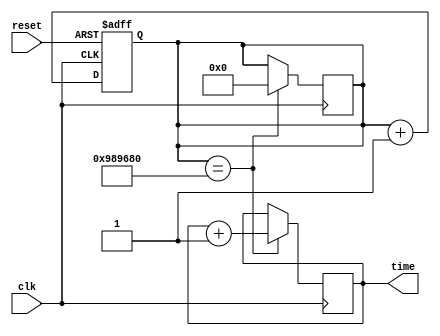
module RTC_timer(
    input wire clk,
    input wire reset,
    output reg [31:0] time
);

reg [31:0] count;
reg [31:0] current_time;

always@(posedge clk or posedge reset) begin
    if(reset) begin
        count <= 0;
    end else begin
        count <= count + 1;
    end
end

always@(posedge clk) begin
    if(count == 10000000) begin
        current_time <= current_time + 1;
        count <= 0;
    end
end

assign time = current_time;

endmodule